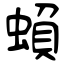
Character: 蝜